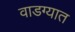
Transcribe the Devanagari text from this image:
वाडग्यात